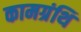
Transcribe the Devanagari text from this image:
कामग्रंथि